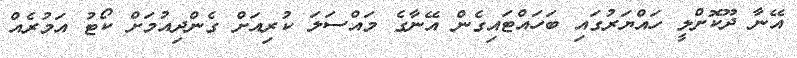
އޭނާ ދޫކޮށްލީ ހައްޔަރުގައި ބަހައްޓައިގެން އޭނާގެ މައްސަލަ ކުރިއަށް ގެންދިއުމަށް ކޯޓު އަމުރެއް